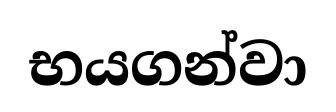
භයගන්වා